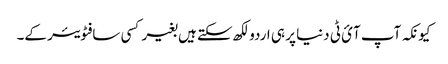
کیونکہ آپ آئ ٹی دنیا پر ہی اردو لکھ سکتے ہیں بغیر کسی سافٹویئر کے۔